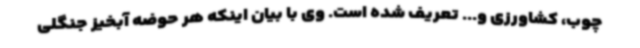
چوب، کشاورزی و... تعریف شده است. وی با بیان اینکه هر حوضه آبخیز جنگلی